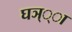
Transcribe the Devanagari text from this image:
घञ््‌ा